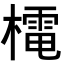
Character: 𭬋